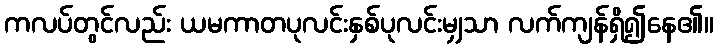
ကလပ်တွင်လည်း ယမကာတပုလင်းနှစ်ပုလင်းမျှသာ လက်ကျန်ရှိ၍နေ၏။